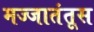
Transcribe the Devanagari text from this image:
मज्जातंतूस